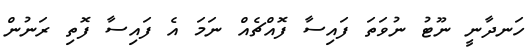
ހަނދާނީ ނޫޓު ނުވަތަ ފައިސާ ފޮއްޗެއް ނަމަ އެ ފައިސާ ފޮތި ރަނުން